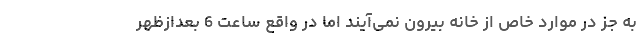
به جز در موارد خاص از خانه بیرون نمی‌آیند اما در واقع ساعت 6 بعدازظهر